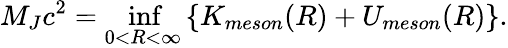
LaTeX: M_{J}c^{2}=\operatorname*{inf}_{0<R<\infty}\left\{ K_{meson}(R)+U_{meson}(R)\right\} .